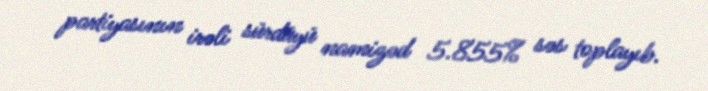
partiyasının irəli sürdüyü namizəd 5.855% səs toplayıb.